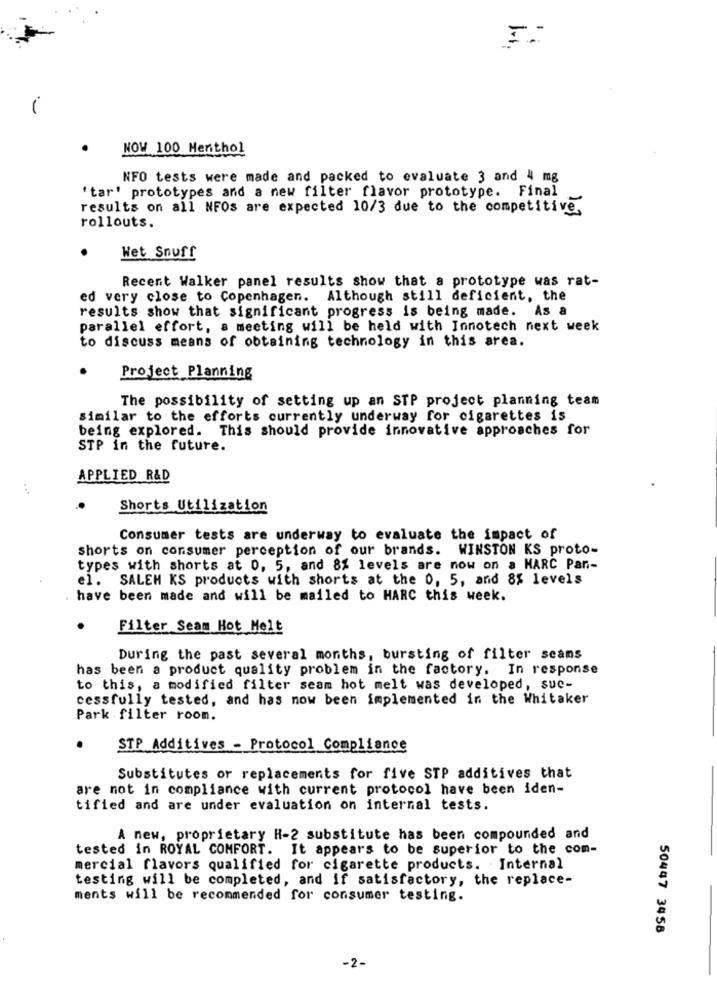
-
NOW 100 Menthol
NFO tests were made and packed to evaluate 3 and 4 mg
'tar' prototypes and a new filter flavor prototype. Final
results on all NFOs are expected 10/3 due to the competitive,
rollouts.
Wet Snuff
Recent Walker panel results show that a prototype was rat-
ed very close to Copenhagen. Although still deficient, the
results show that significant progress is being made. As a
parallel effort, a meeting will be held with Innotech next week
to discuss means of obtaining technology in this area.
Project Planning
The possibility of setting up an STP project planning team
similar to the efforts currently underway for cigarettes is
being explored. This should provide innovative approaches for
STP in the future.
APPLIED R&D
Shorts Utilization
Consumer tests are underway to evaluate the impact of
shorts on consumer perception of our brands. WINSTON KS proto-
types with shorts at 0, 5, and 8% levels are now on a MARC Pan-
el. SALEM KS products with shorts at the 0, 5, and 8% levels
have been made and will be mailed to HARC this week.
.
Filter Seam Hot Melt
During the past several months, bursting of filter scams
has been a product quality problem in the factory. In response
to this, a modified filter seam hot melt was developed, suc-
cessfully tested, and has now been implemented in the Whitaker
Park filter room.
.
STP Additives - Protocol Compliance
Substitutes or replacements for five STP additives that
are not in compliance with current protocol have been iden-
tified and are under evaluation on internal tests.
A new, proprietary H-2 substitute has been compounded and
tested in ROYAL COMFORT. It appears to be superior to the com-
mercial flavors qualified for cigarette products. Internal
testing will be completed, and if satisfactory, the replace-
ments will be recommended for consumer testing.
50447 3458
-2-